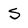
Character: S